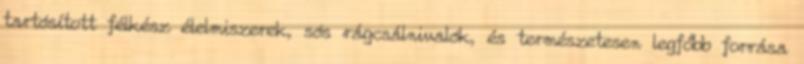
tartósított félkész élelmiszerek, sós rágcsálnivalók, és természetesen legfőbb forrása